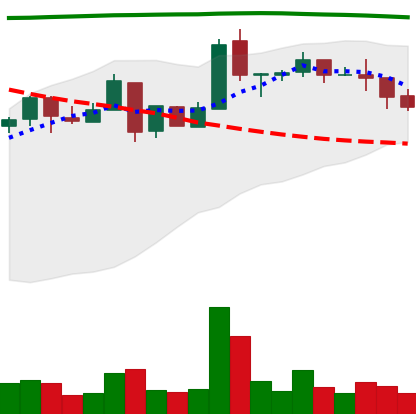
Ticker: NEO-USD
Chart end date: 2018-05-08
Forward return: -12.095%
Label: down_7plus